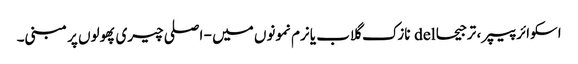
اسکوائر پیپر ، ترجیحا del نازک گلاب یا نرم نمونوں میں - اصلی چیری پھولوں پر مبنی۔